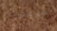
مرعوب